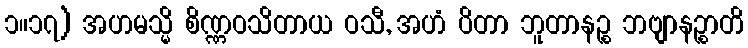
၁။၁၇) အဟမသ္မိ စိဏ္ဏဝသိတာယ ဝသီ, အဟံ ပိတာ ဘူတာနဉ္စ ဘဗျာနဉ္စာတိ